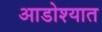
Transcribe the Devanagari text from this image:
आडोश्यात